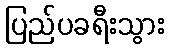
ပြည်ပခရီးသွား